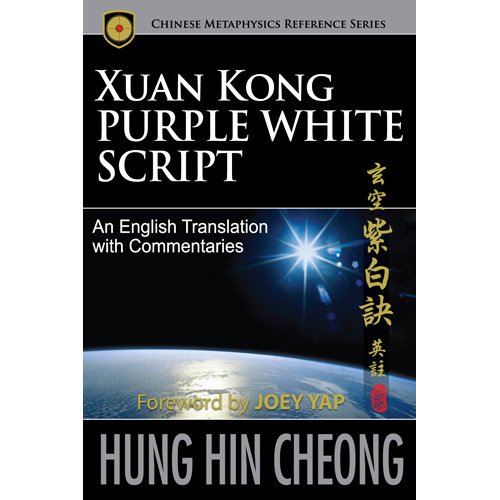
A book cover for Xuan Kong Purple White Script; Hung Hin Cheong with Foreword by Joey Yap; Religion & Spirituality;